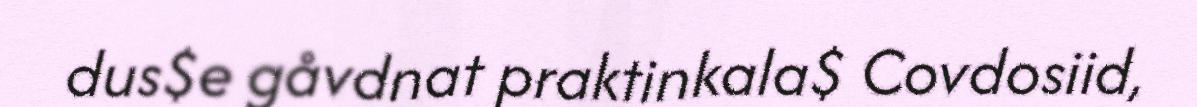
dus$e gåvdnat praktinkala$ Covdosiid,